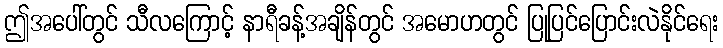
ဤအပေါ်တွင် သီလကြောင့် နာရီခန့်အချိန်တွင် အမောဟတွင် ပြုပြင်ပြောင်းလဲနိုင်ရေး